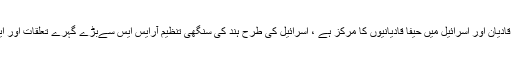
پاکستان میں ربوہ، ہندوستان میں قادیان اور اسرائیل میں حیفا قادیانیوں کا مرکز ہے ، اسرائیل کی طرح ہند کی سنگھی تنظیم آرایس ایس سےبڑے گہرے تعلقات اور ایک دوسرے کا دست وبازو ہیں ۔